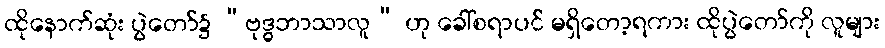
ထိုနောက်ဆုံး ပွဲတော်၌ “ဗုဒ္ဓဘာသာလူ” ဟု ခေါ်စရာပင် မရှိတော့ရကား ထိုပွဲတော်ကို လူများ